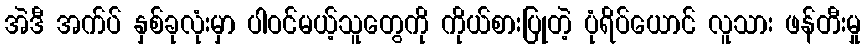
အဲဒီ အက်ပ် နှစ်ခုလုံးမှာ ပါဝင်မယ့်သူတွေကို ကိုယ်စားပြုတဲ့ ပုံရိပ်ယောင် လူသား ဖန်တီးမှု